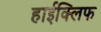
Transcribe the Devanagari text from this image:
हाईक्लिफ